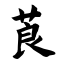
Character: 莨